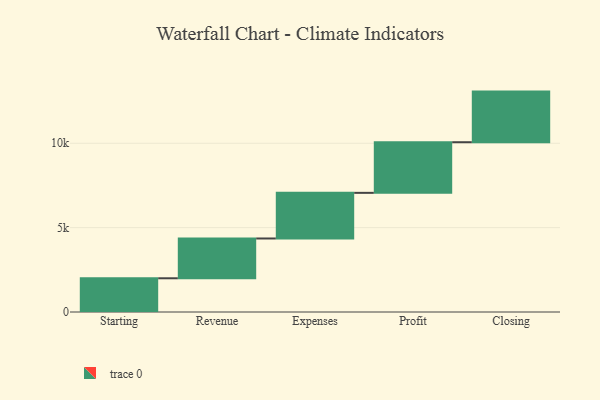
{"axis": {"x": "Step", "y": "Value"}, "legend": [""], "data": [{"x": "Starting", "y": 1998.0, "type": ""}, {"x": "Revenue", "y": 2359.0, "type": ""}, {"x": "Expenses", "y": 2704.0, "type": ""}, {"x": "Profit", "y": 3000, "type": ""}, {"x": "Closing", "y": 3000, "type": ""}]}